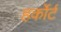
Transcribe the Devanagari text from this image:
हर्कोर्ट